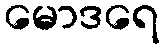
မောဒရေ